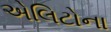
એલિટોના